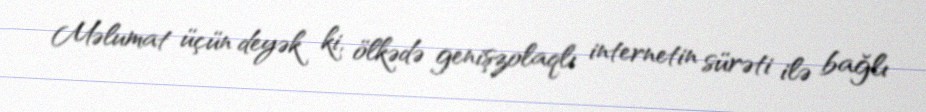
Məlumat üçün deyək ki, ölkədə genişzolaqlı internetin sürəti ilə bağlı